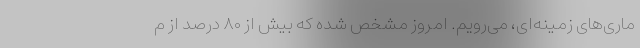
ماری‌های زمینه‌ای، می‌رویم. امروز مشخص شده که بیش از ۸۰ درصد از م